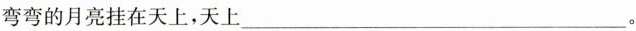
弯弯的月亮挂在天上，天上___